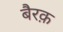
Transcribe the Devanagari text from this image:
बैरक़